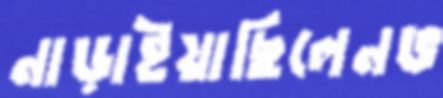
নাড়াইয়াছিলেনভ